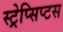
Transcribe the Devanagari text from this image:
स्ट्रेप्सिप्टस